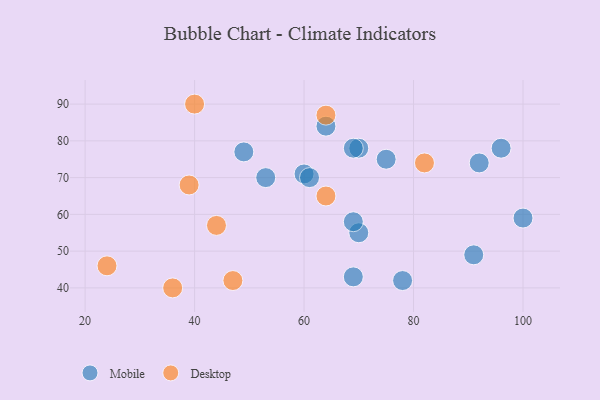
{"axis": {"x": "GDP", "y": "Life Expectancy"}, "legend": ["Desktop", "Mobile"], "data": [{"x": "70", "y": 55, "type": "Mobile"}, {"x": "70", "y": 78, "type": "Mobile"}, {"x": "91", "y": 49, "type": "Mobile"}, {"x": "49", "y": 77, "type": "Mobile"}, {"x": "69", "y": 78, "type": "Mobile"}, {"x": "78", "y": 42, "type": "Mobile"}, {"x": "75", "y": 75, "type": "Mobile"}, {"x": "92", "y": 74, "type": "Mobile"}, {"x": "100", "y": 59, "type": "Mobile"}, {"x": "64", "y": 84, "type": "Mobile"}, {"x": "96", "y": 78, "type": "Mobile"}, {"x": "60", "y": 71, "type": "Mobile"}, {"x": "61", "y": 70, "type": "Mobile"}, {"x": "53", "y": 70, "type": "Mobile"}, {"x": "69", "y": 58, "type": "Mobile"}, {"x": "69", "y": 43, "type": "Mobile"}, {"x": "36", "y": 40, "type": "Desktop"}, {"x": "40", "y": 90, "type": "Desktop"}, {"x": "64", "y": 65, "type": "Desktop"}, {"x": "64", "y": 87, "type": "Desktop"}, {"x": "44", "y": 57, "type": "Desktop"}, {"x": "82", "y": 74, "type": "Desktop"}, {"x": "24", "y": 46, "type": "Desktop"}, {"x": "39", "y": 68, "type": "Desktop"}, {"x": "47", "y": 42, "type": "Desktop"}]}